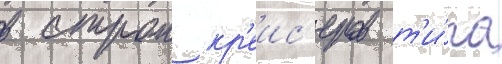
в строи кр'еис'еров т'и́па